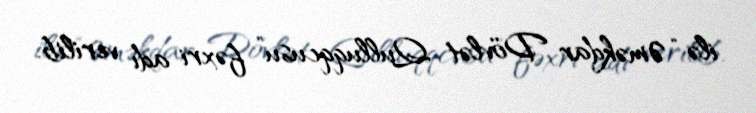
ilə “Əməkdar Dövlət Qulluqqcusu” fəxri adı verilib.